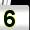
Digit: 5